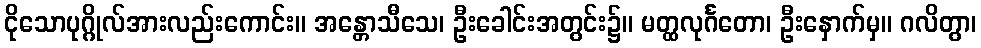
ငိုသောပုဂ္ဂိုလ်အားလည်းကောင်း။ အန္တောသီသေ၊ ဦးခေါင်းအတွင်း၌။ မတ္ထလုင်္ဂတော၊ ဦးနှောက်မှ။ ဂလိတွာ၊